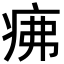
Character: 疿